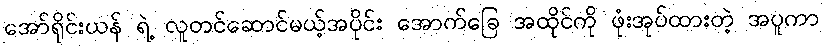
အော်ရိုင်းယန် ရဲ့ လူတင်ဆောင်မယ့်အပိုင်း အောက်ခြေ အထိုင်ကို ဖုံးအုပ်ထားတဲ့ အပူကာ